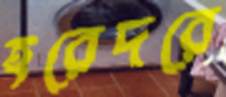
হরেদরে